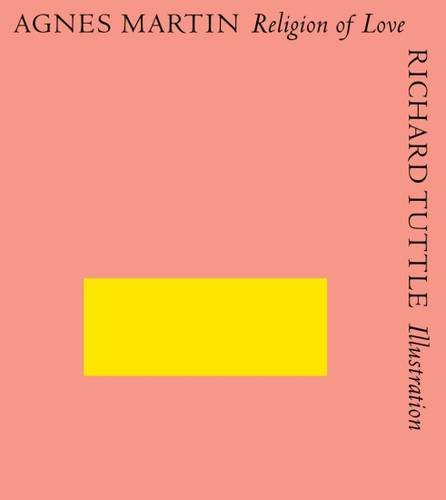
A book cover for Agnes Martin & Richard Tuttle: Religion of Love; Arts & Photography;